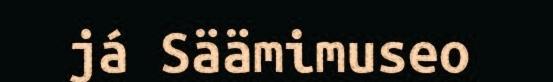
já Säämimuseo